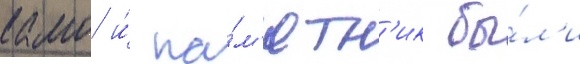
камо и́ па́м'ятн'ик бы́л'и